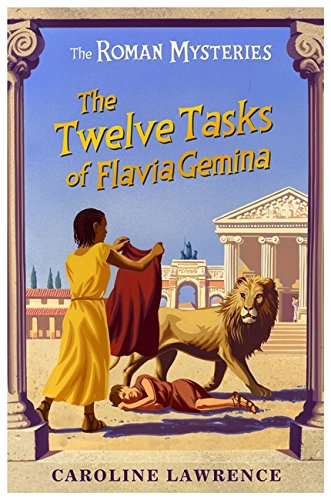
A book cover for The Twelve Tasks of Flavia Gemina (The Roman Mysteries); Caroline Lawrence; Teen & Young Adult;